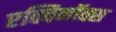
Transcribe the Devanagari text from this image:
एक्विनॉक्स